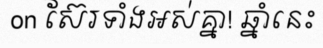
on ស៊ែរទាំងអស់គ្នា! ឆ្នាំនេះ